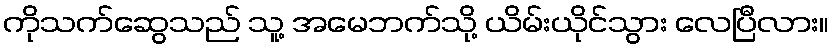
ကိုသက်ဆွေသည် သူ့ အမေဘက်သို့ ယိမ်းယိုင်သွား လေပြီလား။